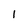
Character: 1